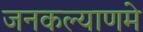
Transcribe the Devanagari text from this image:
जनकल्याणमे